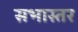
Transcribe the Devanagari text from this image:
सभास्तर